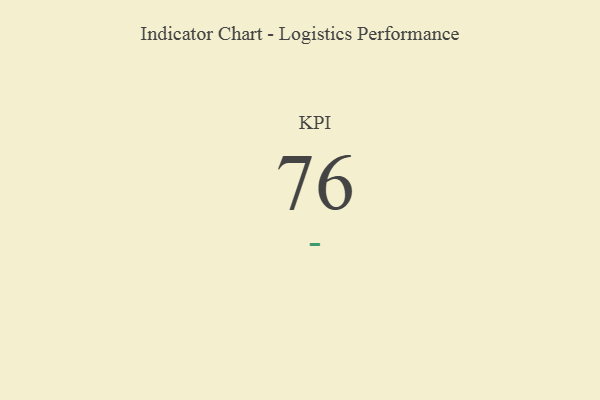
{"axis": {"x": "KPI", "y": "Value"}, "legend": [""], "data": [{"x": "KPI", "y": 76, "type": ""}]}